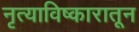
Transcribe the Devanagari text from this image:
नृत्याविष्कारातून